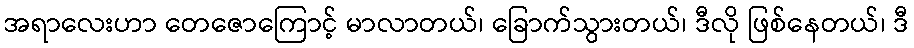
အရာလေးဟာ တေဇောကြောင့် မာလာတယ်၊ ခြောက်သွားတယ်၊ ဒီလို ဖြစ်နေတယ်၊ ဒီ